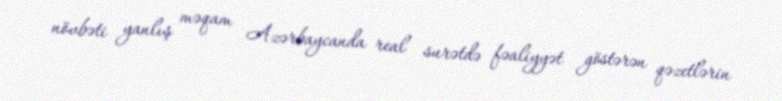
növbəti yanlış məqam Azərbaycanda real surətdə fəaliyyət göstərən qəzetlərin